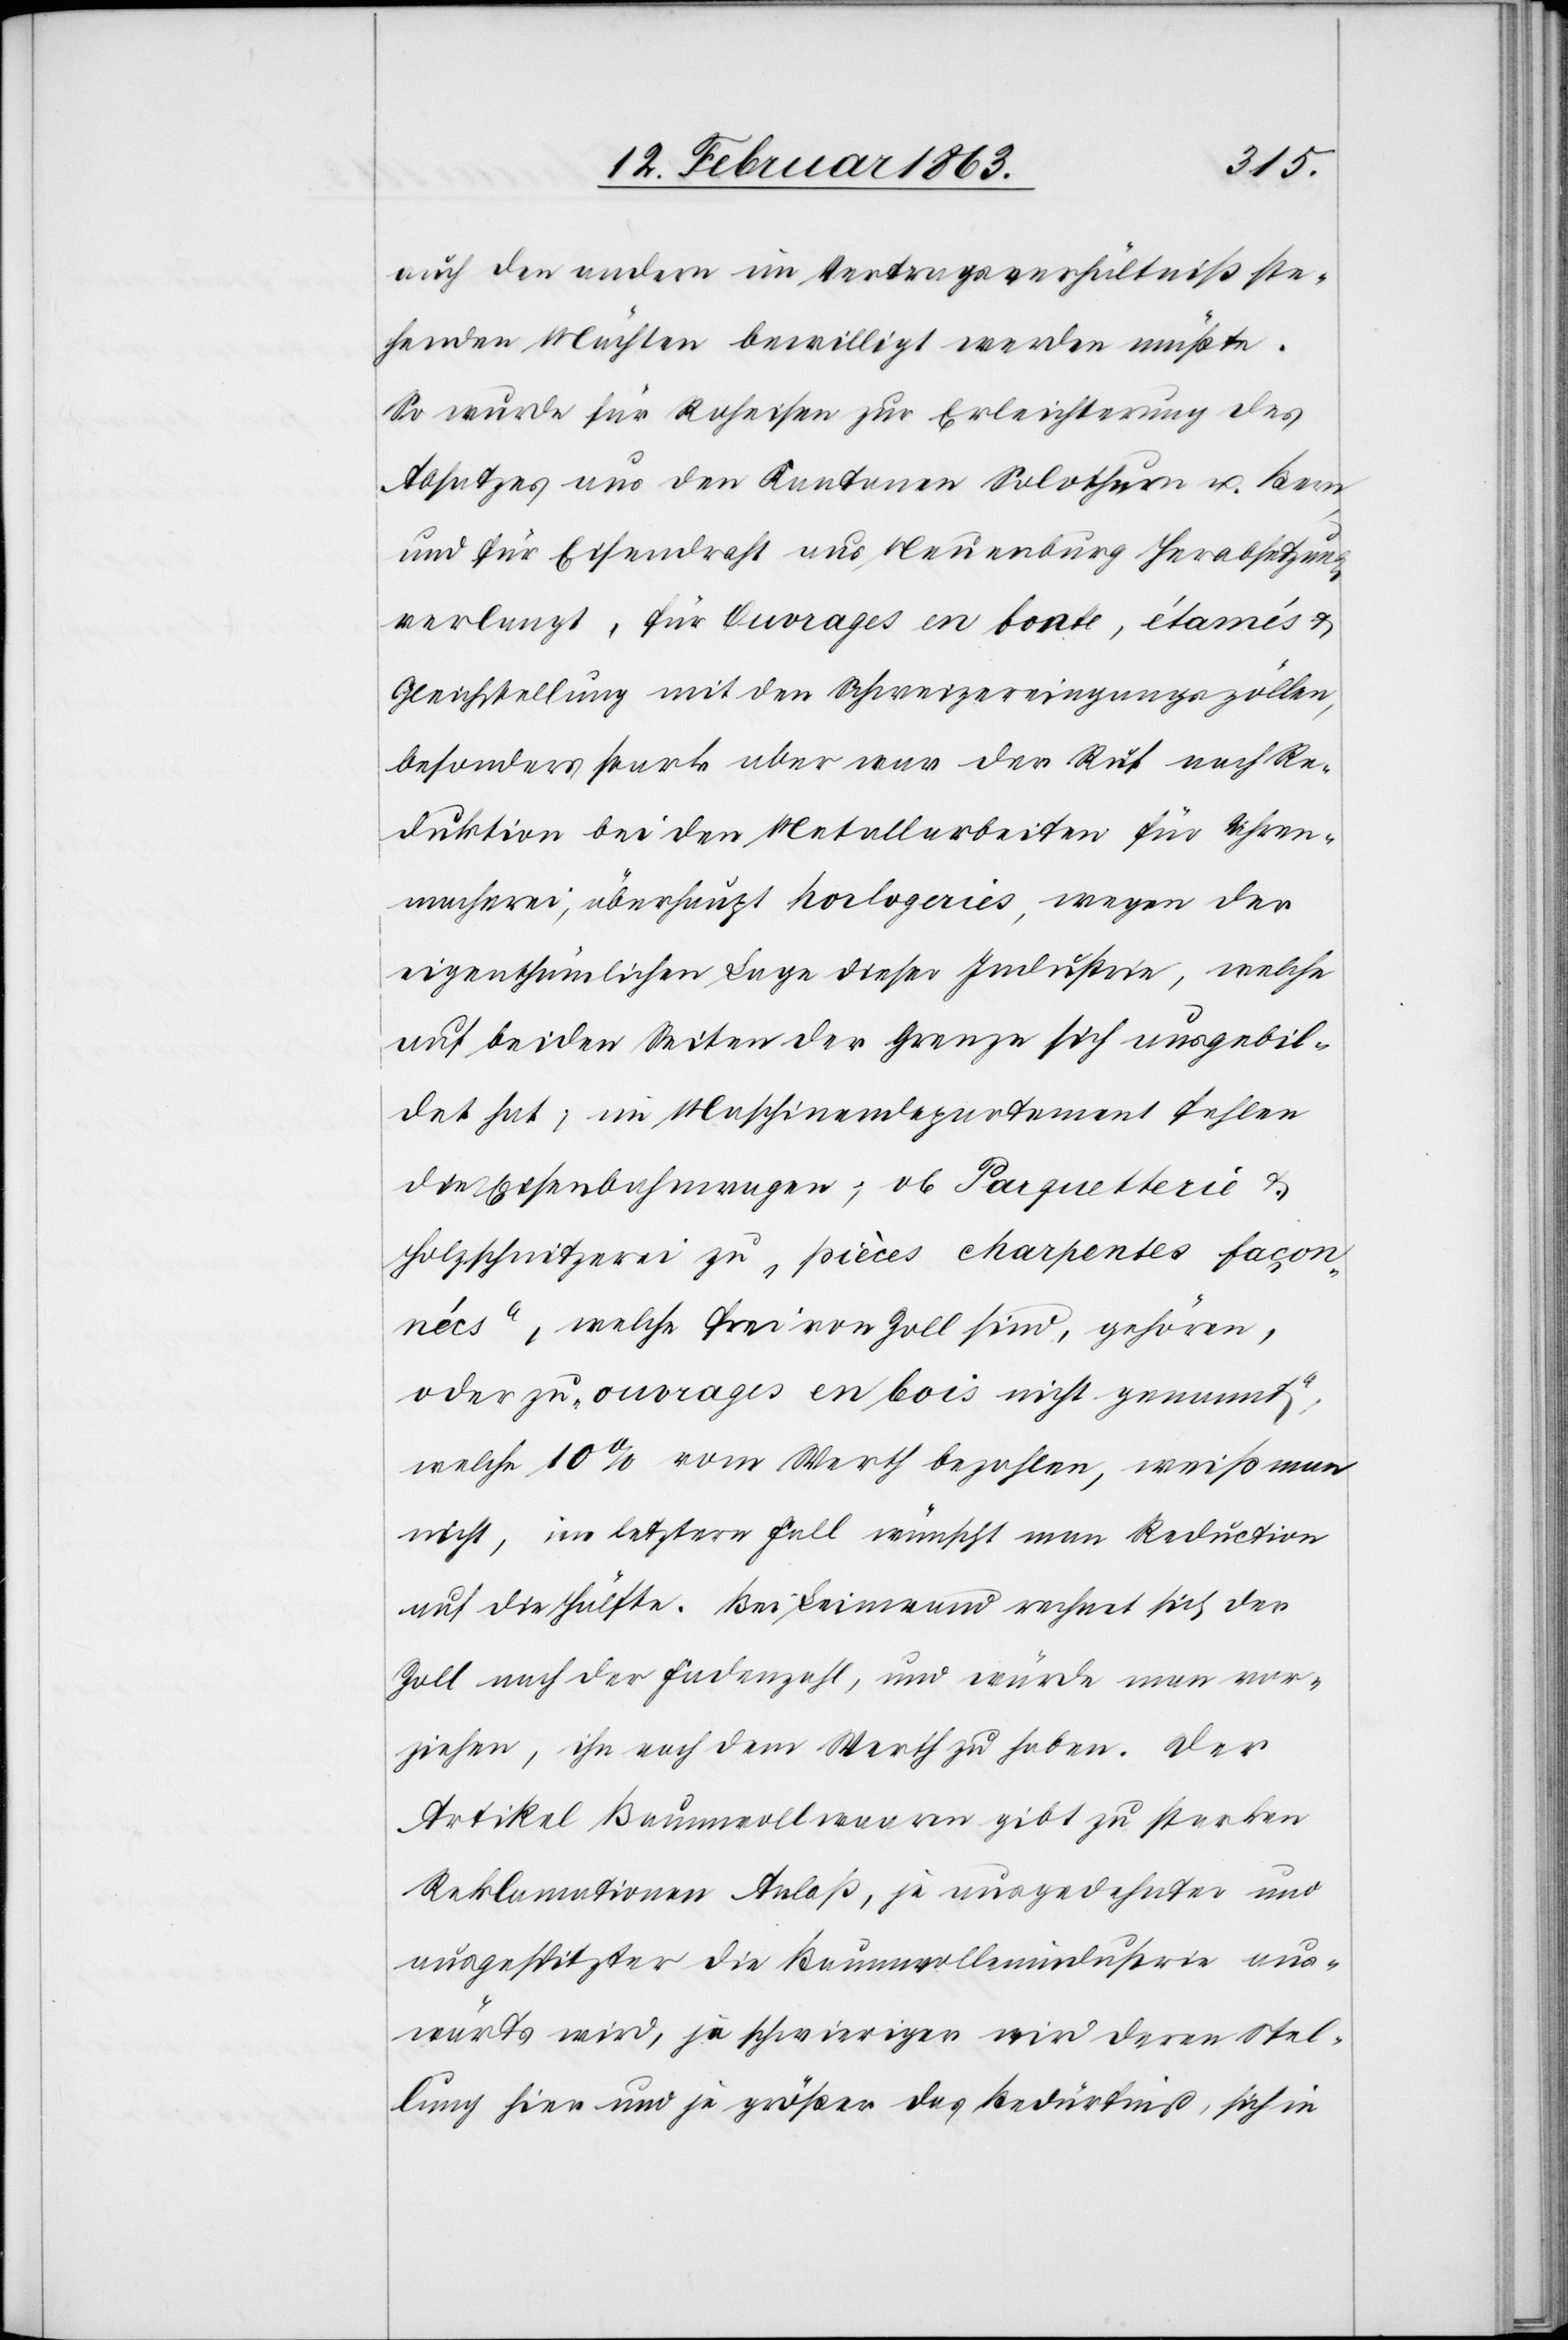
auch den andern im Vertragsverhältniß ste¬
henden Mächten bewilligt werden müßte.
So wurde für Roheisen zur Erleichterung des
Absatzes aus den Kantonen Solothurn u. Bern
und für Eisendraht aus Neuenburg Herabsetzung
verlangt, für Ouvrages en bonte, étamés &
Gleichstellung mit den Schweizereingangszöllen,
besonders starke aber war der Ruf nach Re¬
duktion bei den Metallarbeiten für Uhren¬
macherei, überhaupt horlogeries, wegen der
eigenthümlichen Lage dieser Industrie, welche
auf beiden Seiten der Grenze sich ausgebil¬
det hat; im Maschinendepartement fehlen
die Eisenbahnwagen; ob Parquetterie &
Holzschnitzerei zu „pièces charpentes façon¬
nécs“, welche frei von Zoll sind, gehören,
oder zu „ouvrages en bois nicht genannt“,
welche 10% vom Werth bezahlen, weiß man
nicht, im letztern Fall wünscht man Reduction
auf die Hälfte. Bei Leinwand rechnet sich der
Zoll nach der Fadenzahl, und würde man vor¬
ziehen, ihn nach dem Werth zu haben. Der
Artikel Baumwollwaaren gibt zu starken
Reklamationen Anlaß, je ausgedehnter und
ausgespitzter die Baumwollenindustrie aus¬
wärts wird, je schwieriger wird deren Stel¬
lung hier und je größer das Bedürfniß, sich in